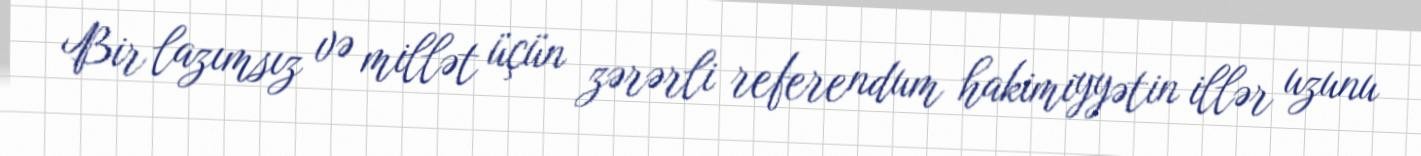
Bir lazımsız və millət üçün zərərli referendum hakimiyyətin illər uzunu